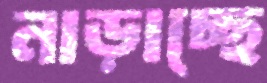
নাড়াচ্ছে